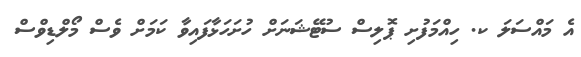
އެ މައްސަލަ ކ. ހިއްމަފުށި ޕޮލިސް ސުޓޭޝަނަށް ހުށަހަޅާފައިވާ ކަމަށް ވެސް މޯލްޑިވްސް